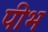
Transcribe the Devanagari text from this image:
पीभ